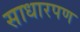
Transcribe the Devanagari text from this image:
साधारपण